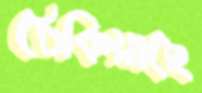
ঠেকিয়াছে